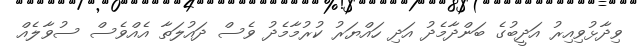
ވިދާޅުވިއިރު އަދީބުގެ ބަންދާމެދު އަދި ހައްޔަރު ކުރުމާމެދު ވެސް ދައުލަތާ އެއްވެސް ސުވާލެއް